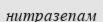
нитразепам